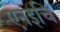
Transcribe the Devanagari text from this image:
एनइचि